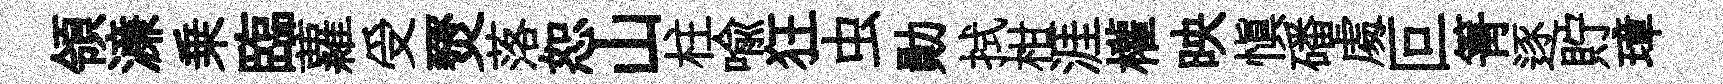
領濓乗臨蘿受燹落恕山柱喩狂虫勛拭柑涯權映愼磻䖏叵箐逐貯璋